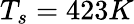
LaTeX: T_{s}=423K